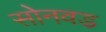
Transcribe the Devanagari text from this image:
सोनवड